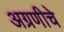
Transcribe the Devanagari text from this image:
अग्रणीचे